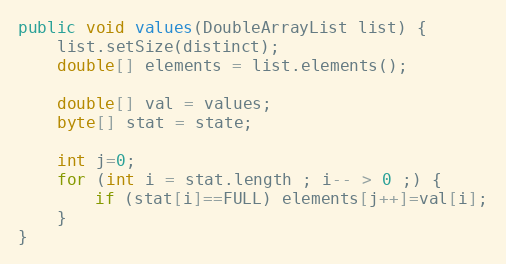
Language: Java
public void values(DoubleArrayList list) {
	list.setSize(distinct);
	double[] elements = list.elements();

	double[] val = values;
	byte[] stat = state;

	int j=0;
	for (int i = stat.length ; i-- > 0 ;) {
		if (stat[i]==FULL) elements[j++]=val[i];
	}
}